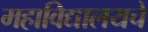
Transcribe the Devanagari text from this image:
महाविद्यालयचे